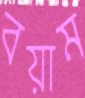
বয়াম